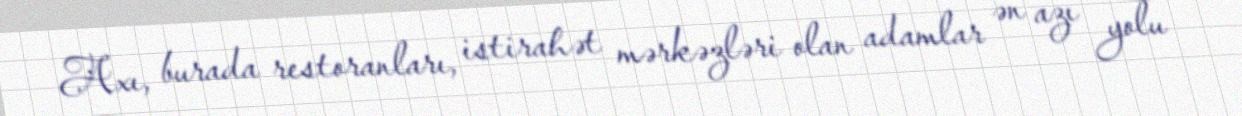
Axı, burada restoranları, istirahət mərkəzləri olan adamlar ən azı yolu